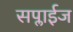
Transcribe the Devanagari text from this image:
सप्लाईज